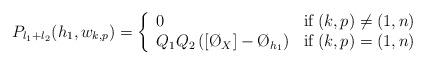
LaTeX: \begin{align*}P_{l_1+l_2}(h_1, w_{k,p})= \left\{ \begin{array}{lr} 0& \mathrm{if} \: (k,p) \neq (1,n)\\Q_1Q_2 \left( [\O_X] - \O_{h_1}\right) & \mathrm{if} \: (k,p) = (1,n) \end{array}\right.\end{align*}